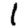
Digit: 1